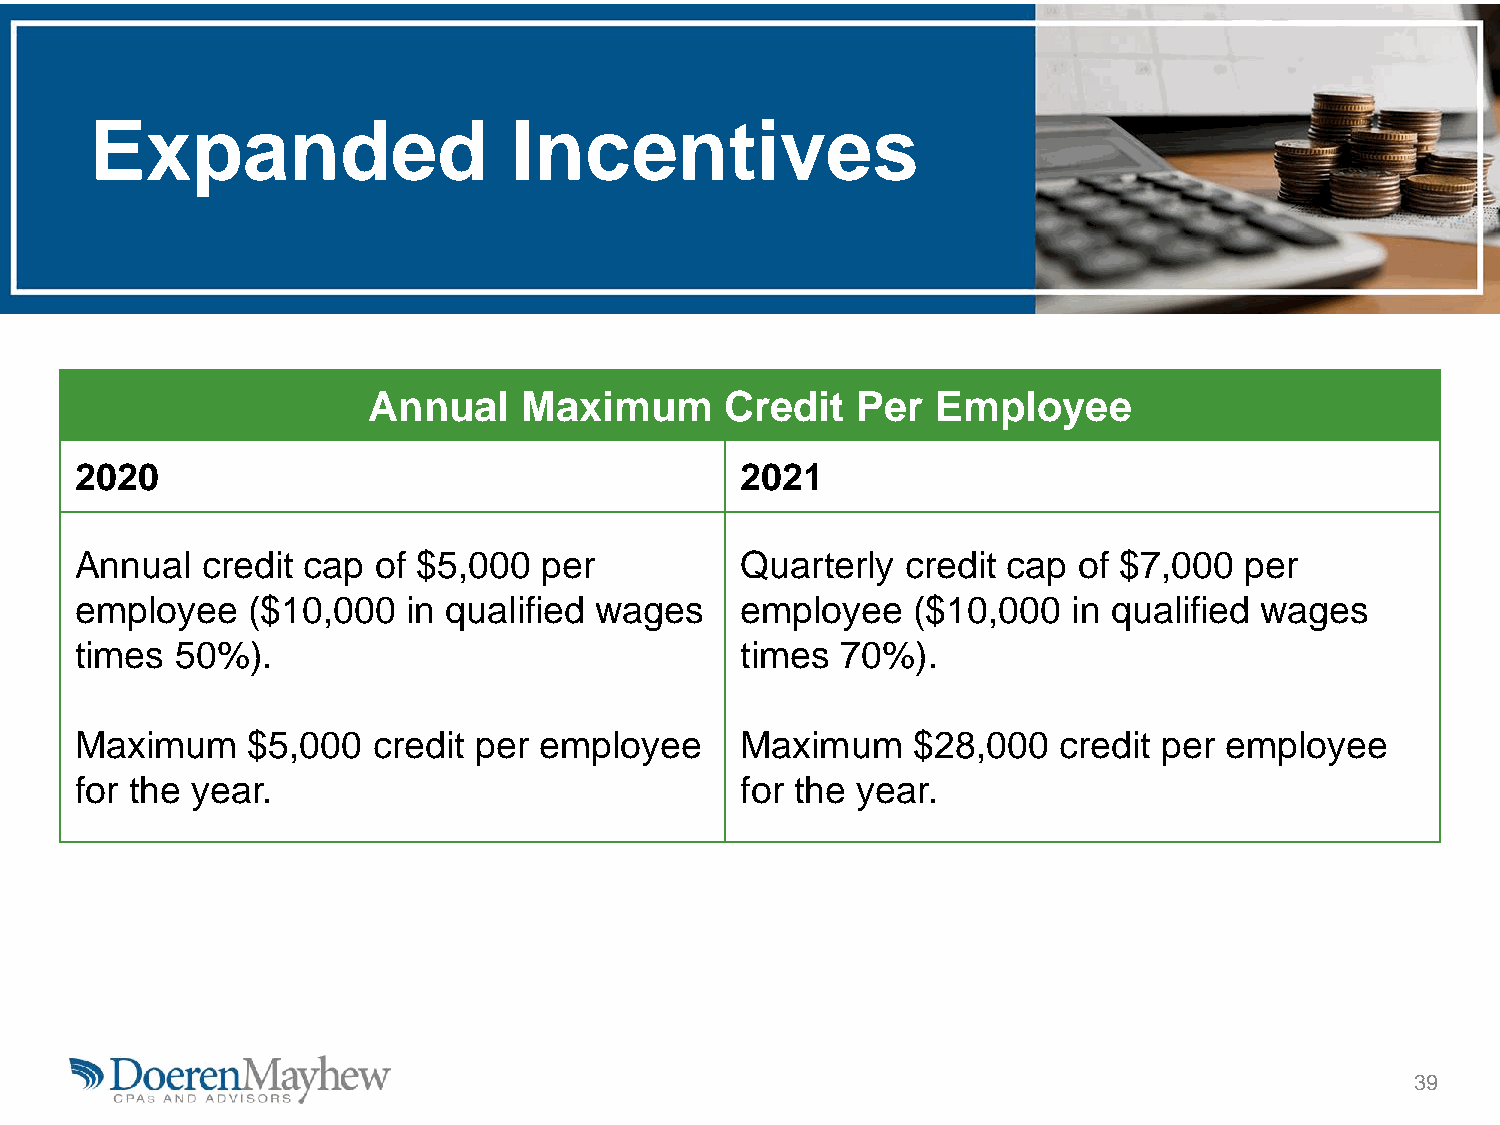
Expanded                    Incentives
 Annual     Maximum      Credit   Per  Employee
 2020                                        2021
 Annual  credit cap  of $5,000  per          Quarterly  credit cap of $7,000  per
 employee   ($10,000   in qualified wages    employee   ($10,000   in qualified wages
 times  50%).                                times  70%).
 Maximum    $5,000   credit per employee     Maximum    $28,000   credit per employee
 for the year.                               for the year.
 39